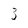
Character: 3